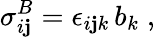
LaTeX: {\sigma}_{i\mathbf{j}}^{B}={\epsilon}_{i\mathbf{j}k}\, b_{k}\; ,